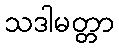
သဒါမတ္တာ